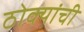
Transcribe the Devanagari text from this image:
ठोक्यांची